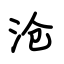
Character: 沧